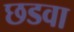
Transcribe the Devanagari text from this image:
छडवा